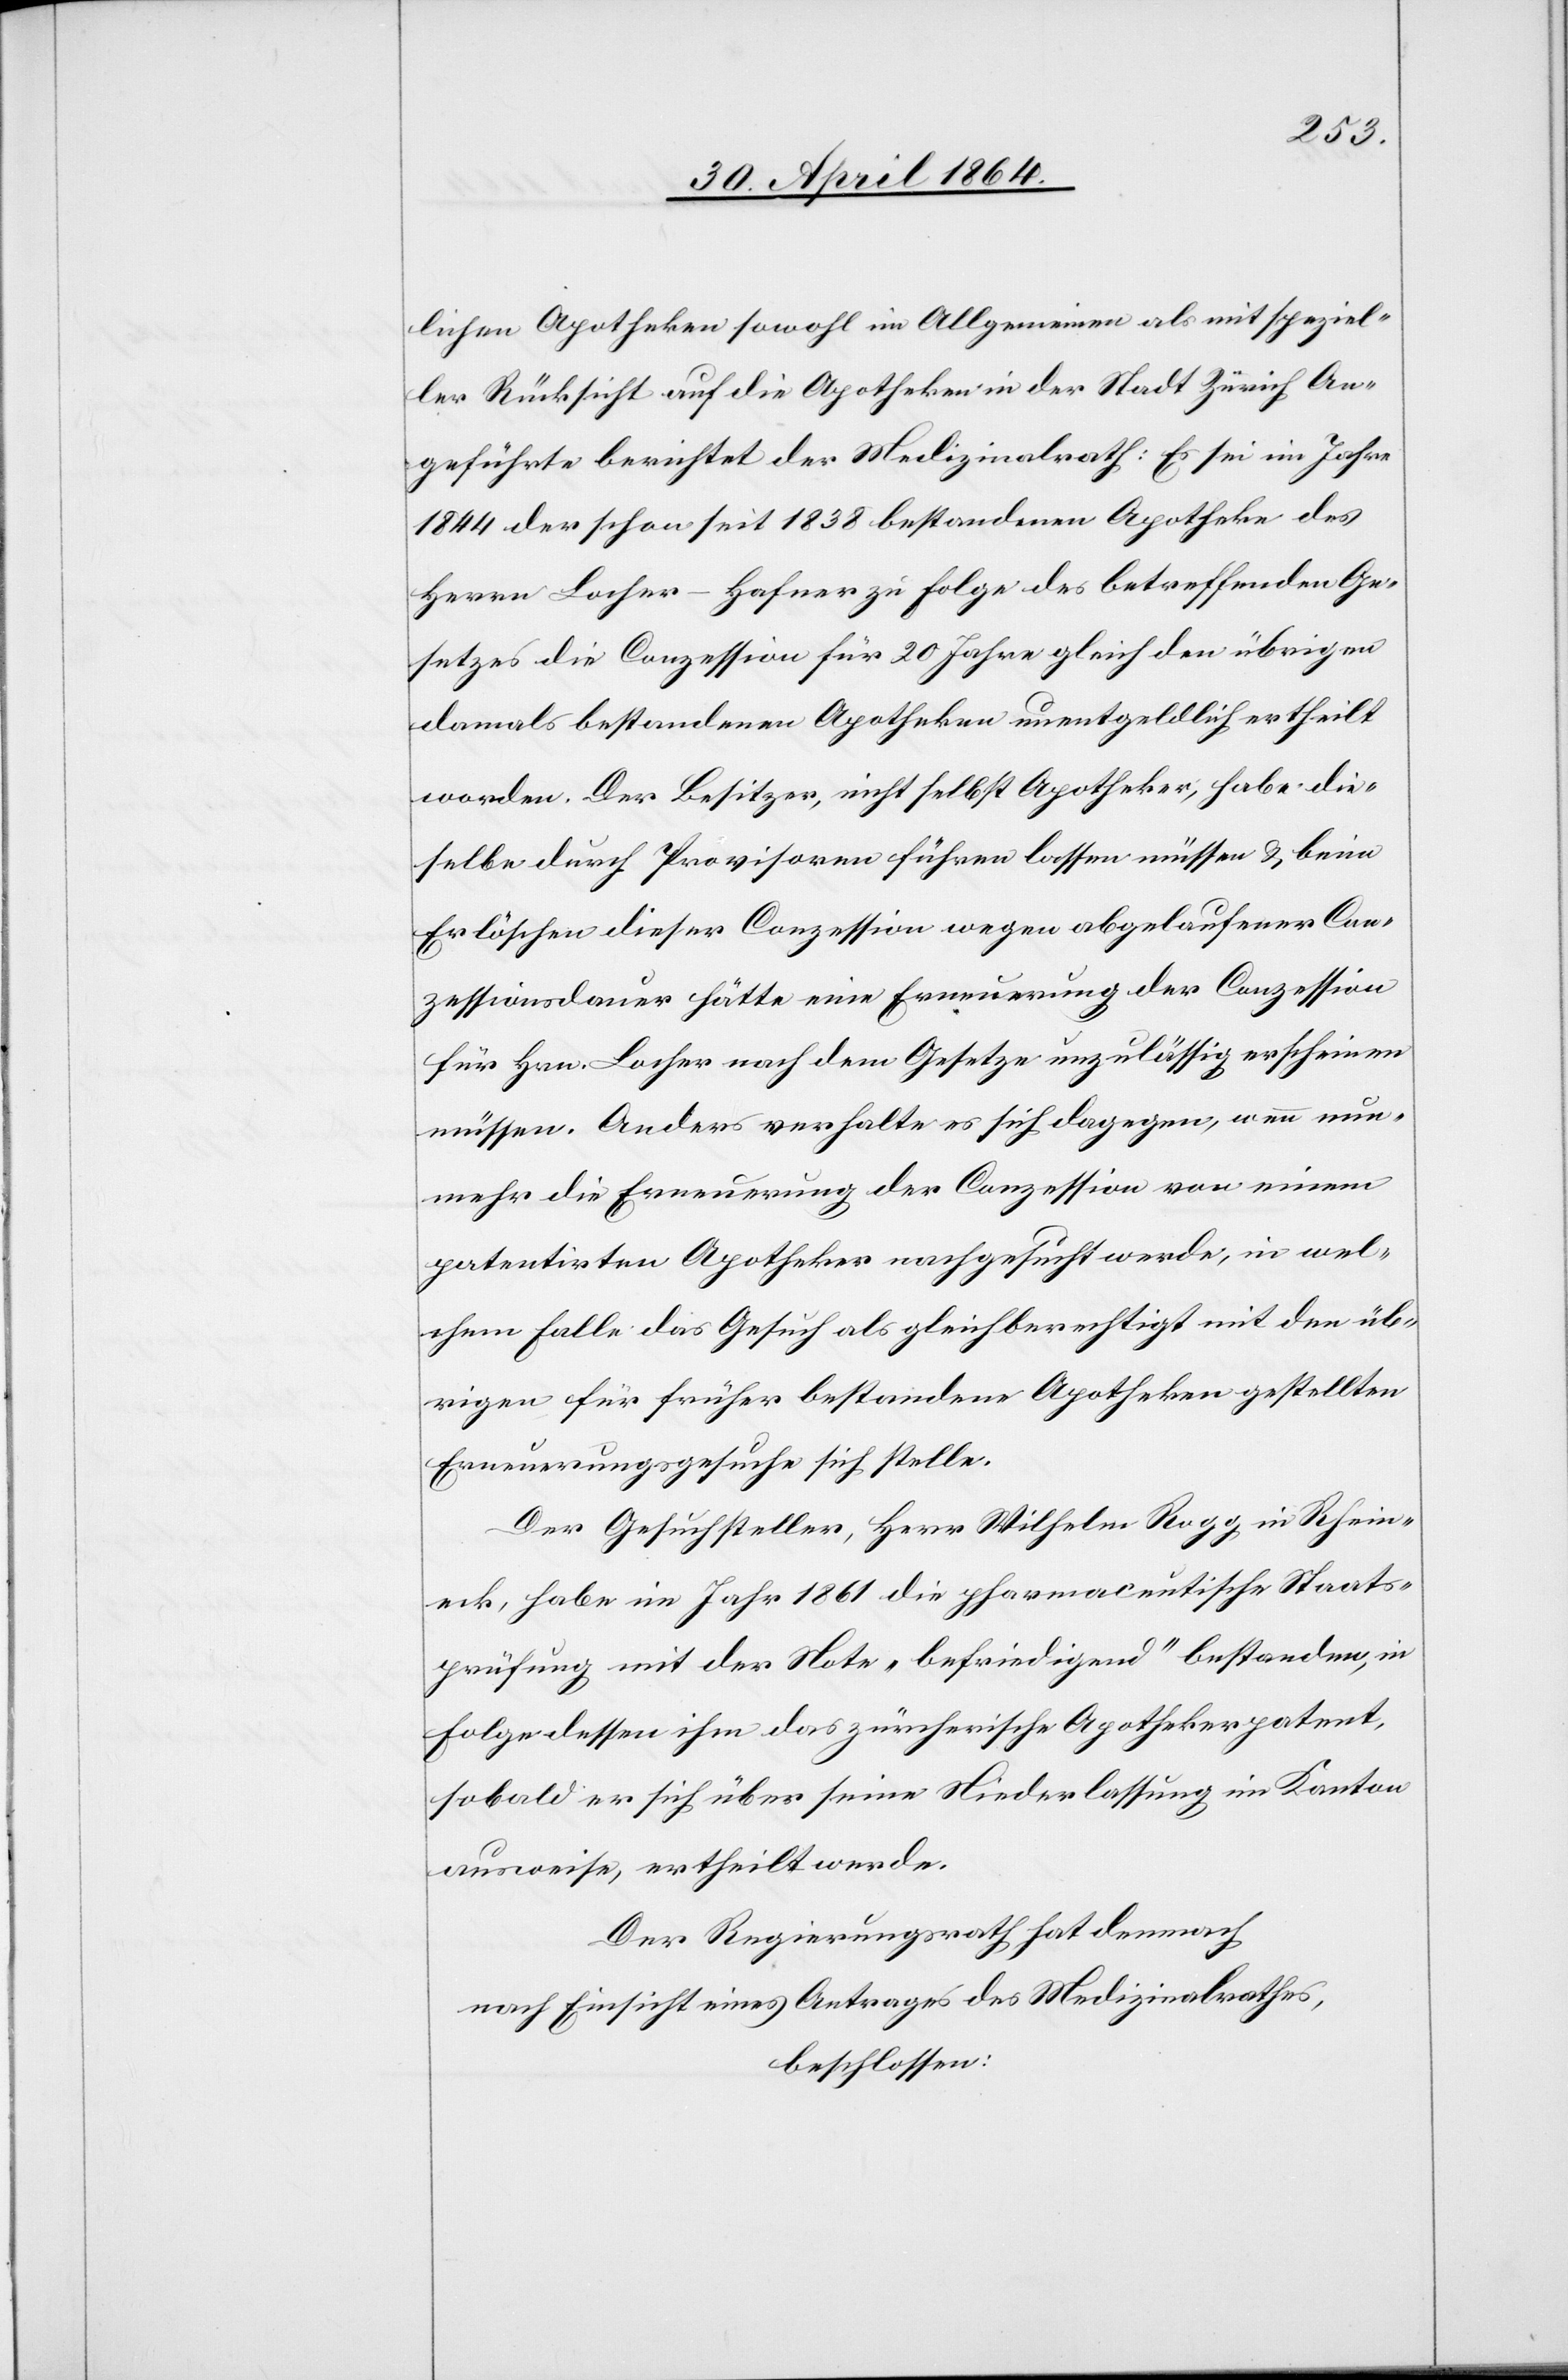
lichen Apotheken sowohl im Allgemeinen als mit speziel¬
ler Rücksicht auf die Apotheke in der Stadt Zürich An¬
geführte berichtet der Medizinalrath: Es sei im Jahre
1844 der schon seit 1838 bestandenen Apotheke des
Herrn Locher-Hafner zu Folge des betreffenden Ge¬
setzes die Conzession für 20 Jahre gleich den übrigen
damals bestandenen Apotheken unentgeldlich ertheilt
worden. Der Besitzer, nicht selbst Apotheker, habe die¬
selbe durch Provisoren führen lassen müssen u. beim
Erlöschen dieser Conzession wegen abgelaufener Con¬
zessionsdauer hätte eine Erneuerung der Conzession
für Hrn. Locher nach dem Gesetze unzulässig erscheinen
müssen. Anders verhalte es sich dagegen, wenn nun¬
mehr die Erneuerung der Conzession von einem
patentirten Apotheker nachgesucht werde, in wel¬
chem Falle das Gesuch als gleichberechtigt mit den üb¬
rigen für früher bestandene Apotheken gestellten
Erneuerungsgesuche sich stelle.
Der Gesuchsteller, Herr Wilhelm Rogg in Rhein¬
eck, habe im Jahr 1861 die pharmazeutische Staats¬
prüfung mit der Note „befriedigend“ bestanden, in
Folge dessen ihm das zürcherische Apothekerpatent,
sobald er sich über seine Niederlassung im Kanton
ausweise, ertheilt werde.
Der Regierungsrath hat demnach
nach Einsicht eines Antrages des Medizinalrathes,
beschlossen: